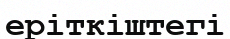
еріткіштегі